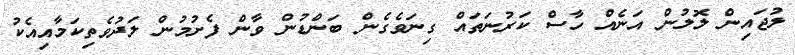
ލުޖައިން ލޮލުން އަނެއް ހާސް ކަރުނަތައް ގިނަވެގެން ބަންޑުން ވާން ފެށުމުން ލަދުވެތިކަމާއިއެކު